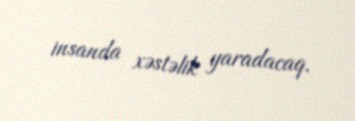
insanda xəstəlik yaradacaq.